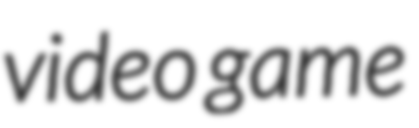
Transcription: video game